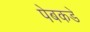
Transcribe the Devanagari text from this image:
पेबकडे